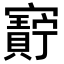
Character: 𫴝